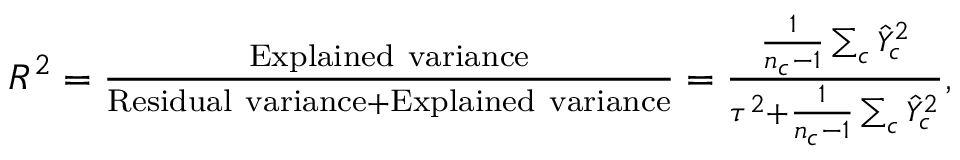
\begin{array} { r } { R ^ { 2 } = \frac { \mathrm { E x p l a i n e d ~ v a r i a n c e } } { \mathrm { R e s i d u a l ~ v a r i a n c e } + \mathrm { E x p l a i n e d ~ v a r i a n c e } } = \frac { \frac { 1 } { n _ { c } - 1 } \sum _ { c } \hat { Y } _ { c } ^ { 2 } } { \tau ^ { 2 } + \frac { 1 } { n _ { c } - 1 } \sum _ { c } \hat { Y } _ { c } ^ { 2 } } , } \end{array}